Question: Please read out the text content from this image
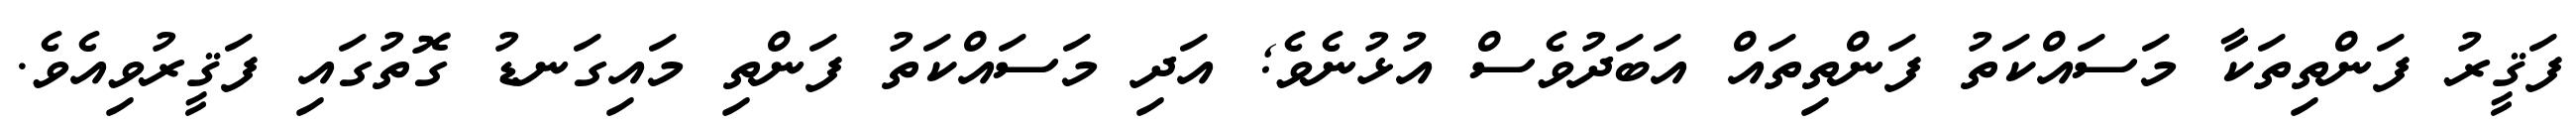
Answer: ފަޤީރު ފަންތިތަކާ މަސައްކަތު ފަންތިތައް އަބަދުވެސް އުޅުނެވެ; އަދި މަސައްކަތު ފަންތި މައިގަނޑު ގޮތުގައި ފަޤީރުވިއެވެ.